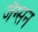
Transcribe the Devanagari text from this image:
जैग्सन